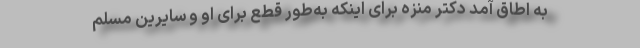
به اطاق آمد دکتر منزه برای اینکه به‌طور قطع برای او و سایرین مسلم